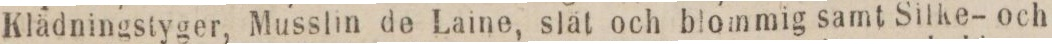
Klädninastyger, Musslin de Laine, slät och blommig samt Silke- och